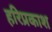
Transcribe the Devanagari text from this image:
हरिप्रकाश